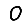
Digit: 0